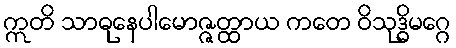
ဣတိ သာဓုနေပါမောဇ္ဇတ္ထာယ ကတေ ဝိသုဒ္ဓိမဂ္ဂေ